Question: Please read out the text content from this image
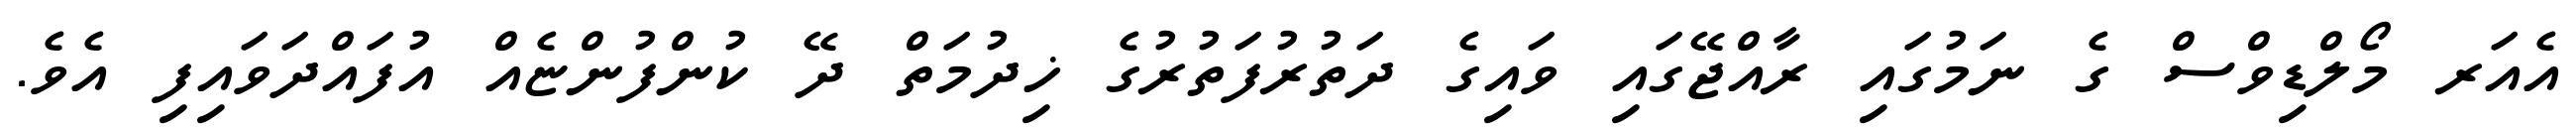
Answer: އެއަރ މޯލްޑިވްސް ގެ ނަމުގައި ރާއްޖޭގައި ވައިގެ ދަތުރުފަތުރުގެ ޚިދުމަތް ދޭ ކުންފުންޏެއް އުފައްދަވައިފި އެވެ.